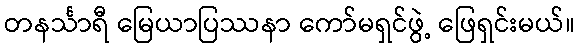
တနင်္သာရီ မြေယာပြဿနာ ကော်မရှင်ဖွဲ့ ဖြေရှင်းမယ်။